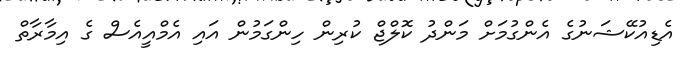
އެޑިއުކޭޝަނުގެ އެންގުމަށް މަންދު ކޮލްޖް ކުރިން ހިންގަމުން އައި އެމްއީއެސް ގެ އިމާރާތް